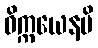
ဝိက္ကယေနပိ